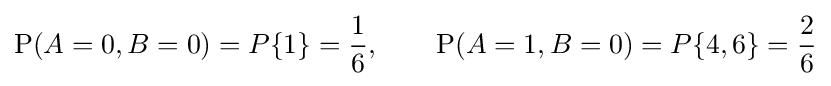
\mathrm {P} (A=0,B=0)=P\{1\}={\frac {1}{6}},\quad \quad \mathrm {P} (A=1,B=0)=P\{4,6\}={\frac {2}{6}}